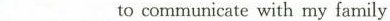
___ to communicate with my family